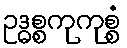
ဥဒ္ဓစ္စကုကုစ္စံ